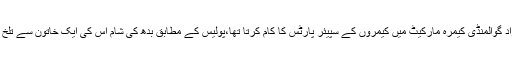
27سالہ شہزاد گوالمنڈی کیمرہ مارکیٹ میں کیمروں کے سپیئر پارٹس کا کام کرتا تھا،پولیس کے مطابق بدھ کی شام اس کی ایک خاتون سے تلخ کلامی ہوئی۔